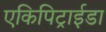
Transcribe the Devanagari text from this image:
एकिपिट्राईडा